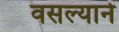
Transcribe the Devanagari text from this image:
वसल्याने